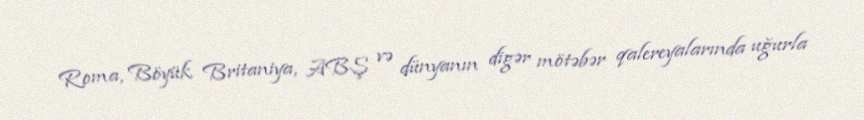
Roma, Böyük Britaniya, ABŞ və dünyanın digər mötəbər qalereyalarında uğurla